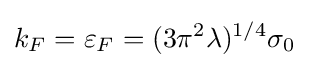
k_{F}=\varepsilon _{F}=(3\pi ^{2}\lambda )^{1/4}\sigma _{0}